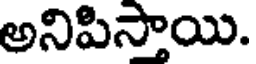
అనిపిస్తాయి.